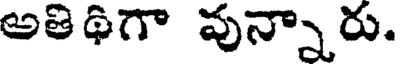
అతిథిగా వున్నారు.